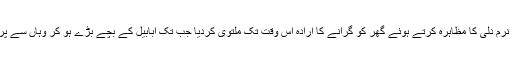
اس پر کسانوں نے نرم دلی کا مظاہرہ کرتے ہوئے گھر کو گرانے کا ارادہ اس وقت تک ملتوی کردیا جب تک ابابیل کے بچے بڑے ہو کر وہاں سے پرواز نہیں کرجاتے۔